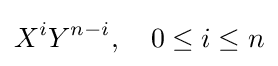
X^{i}Y^{n-i},\quad 0\leq i\leq n